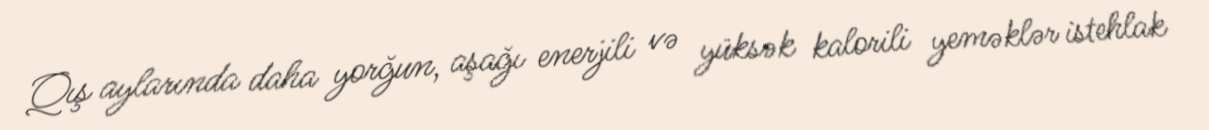
Qış aylarında daha yorğun, aşağı enerjili və yüksək kalorili yeməklər istehlak